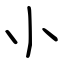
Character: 小